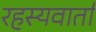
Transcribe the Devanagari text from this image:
रहस्यवार्ता